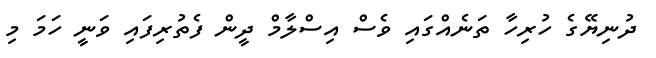
ދުނިޔޭގެ ހުރިހާ ތަނެއްގައި ވެސް އިސްލާމް ދީން ފެތުރިފައި ވަނީ ހަމަ މި